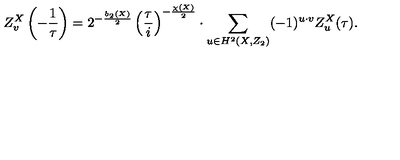
Z _ { v } ^ { X } \left( - \frac { 1 } { \tau } \right) = 2 ^ { - \frac { b _ { 2 } ( X ) } { 2 } } \left( \frac { \tau } { i } \right) ^ { - \frac { \chi ( X ) } { 2 } } \cdot \sum _ { u \in H ^ { 2 } ( X , Z _ { 2 } ) } ( - 1 ) ^ { u \cdot v } Z _ { u } ^ { X } ( \tau ) .